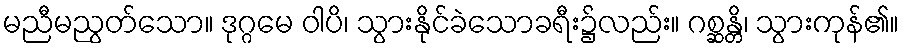
မညီမညွတ်သော။ ဒုဂ္ဂမေ ဝါပိ၊ သွားနိုင်ခဲသောခရီး၌လည်း။ ဂစ္ဆန္တိ၊ သွားကုန်၏။